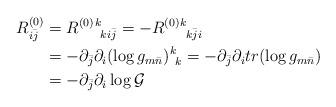
LaTeX: \begin{align*} R^{(0)}_{i\bar{j}}&=R^{(0)}{}^{k}_{\phantom{1}k i\bar{j}}=-R^{(0)}{}^{k}_{\phantom{1}k\bar{j}i} \\&=-\partial_{\bar{j}}\partial_{i} (\log{g_{m\bar{n}}})^{k}_{\phantom{1}k}=-\partial_{\bar{j}}\partial_{i}tr(\log{g_{m\bar{n}}}) \\&=-\partial_{\bar{j}}\partial_{i} \log{\mathcal{G}}\end{align*}